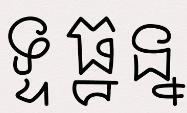
ទ្ទ ធ្ធ ន្ន